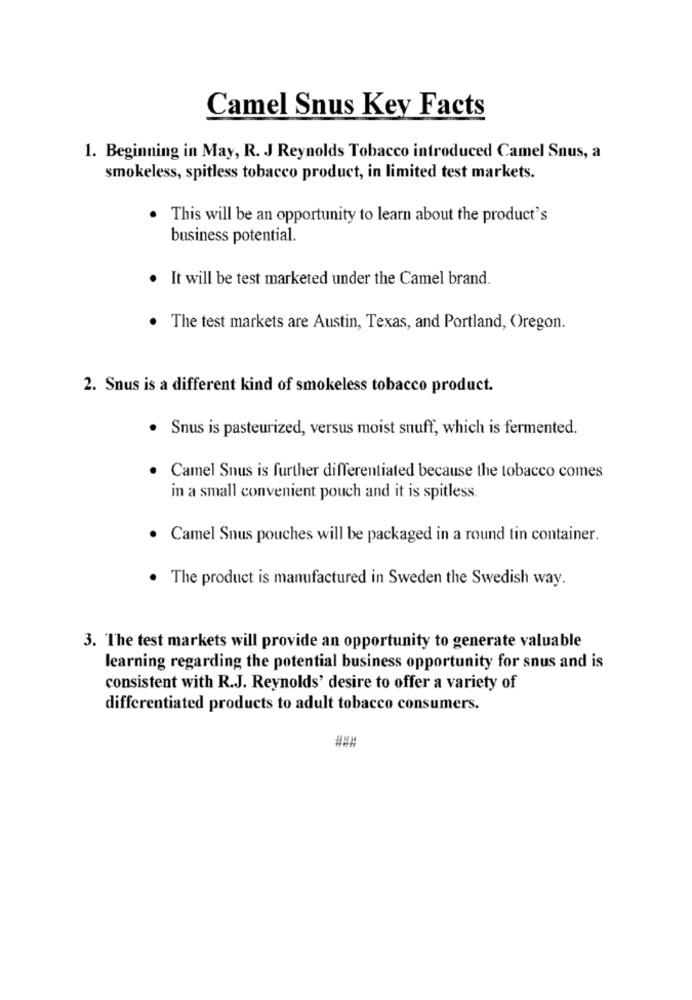
Camel Snus Key Facts
1. Beginning in May, R. J Reynolds Tobacco introduced Camel Snus, a
smokeless, spitless tobacco product, in limited test markets.
This will be an opportunity to learn about the product's
business potential.
. It will be test marketed under the Camel brand.
. The test markets are Austin, Texas, and Portland, Oregon.
2. Snus is a different kind of smokeless tobacco product.
· Snus is pasteurized, versus moist snuff, which is fermented.
Camel Snus is further differentiated because the tobacco comes
in a small convenient pouch and it is spitless.
· Camel Snus pouches will be packaged in a round tin container.
. The product is manufactured in Sweden the Swedish way.
3. The test markets will provide an opportunity to generate valuable
learning regarding the potential business opportunity for snus and is
consistent with R.J. Reynolds' desire to offer a variety of
differentiated products to adult tobacco consumers.